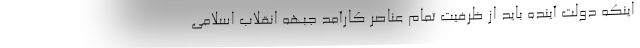
اینکه دولت آینده باید از ظرفیت تمام عناصر کارآمد جبهه انقلاب اسلامی